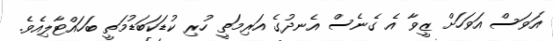
އަވަސް އަވަހަށް ޒީވާ އެ ގެނެސް އެނދުގެ އަރިމަތީ ހުރި ކުޑަކަބަޑުމަތީ ބަހައްޓާލިއެވެ.